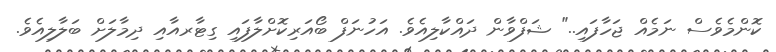
ކޮންމެވެސް ނަމެއް ޖަހާފައި.." ޝަފްވާން ދައްކާލިއެވެ. އަހުނަފް ބޯއަރިކޮށްލާފައި ގިޓާރއާއި ދިމާލަށް ބަލާލިއެވެ.